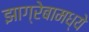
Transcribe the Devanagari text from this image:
झाग्रेबामध्ये